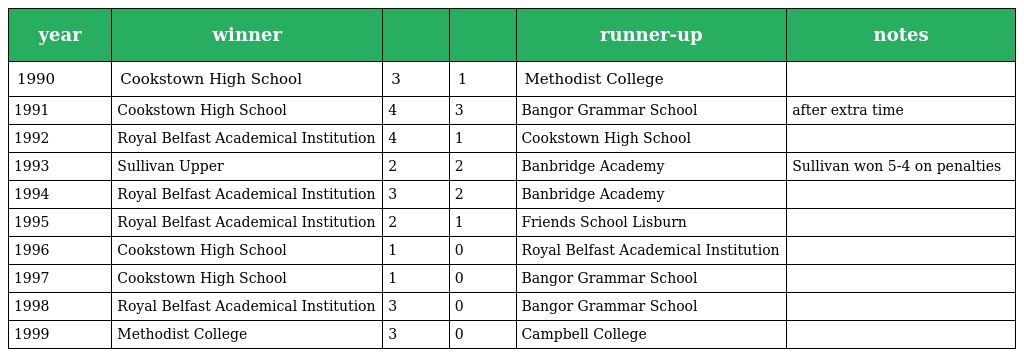
| year | winner |  |  | runner-up | notes |
 | --- | --- | --- | --- | --- | --- |
 | 1990 | Cookstown High School | 3 | 1 | Methodist College |  |
 | 1991 | Cookstown High School | 4 | 3 | Bangor Grammar School | after extra time |
 | 1992 | Royal Belfast Academical Institution | 4 | 1 | Cookstown High School |  |
 | 1993 | Sullivan Upper | 2 | 2 | Banbridge Academy | Sullivan won 5-4 on penalties |
 | 1994 | Royal Belfast Academical Institution | 3 | 2 | Banbridge Academy |  |
 | 1995 | Royal Belfast Academical Institution | 2 | 1 | Friends School Lisburn |  |
 | 1996 | Cookstown High School | 1 | 0 | Royal Belfast Academical Institution |  |
 | 1997 | Cookstown High School | 1 | 0 | Bangor Grammar School |  |
 | 1998 | Royal Belfast Academical Institution | 3 | 0 | Bangor Grammar School |  |
 | 1999 | Methodist College | 3 | 0 | Campbell College |  |